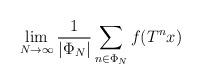
LaTeX: \begin{align*}\lim_{N\to\infty} \frac{1}{|\Phi_N|} \sum_{n \in \Phi_N}f(T^n x)\end{align*}